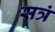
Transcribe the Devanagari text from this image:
सत्रं